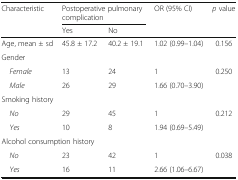
| <ROWSPAN=2> Characteristic | <COLSPAN=2> Postoperative pulmonary complication | <ROWSPAN=2> OR (95% CI) | <ROWSPAN=2> p value |
 | Yes | No |
 | --- | --- | --- | --- | --- |
 | Age, mean ± sd | 45.8 ± 17.2 | 40.2 ± 19.1 | 1.02 (0.99–1.04) | 0.156 |
 | <COLSPAN=5> Gender |
 | Female | 13 | 24 | 1 | <ROWSPAN=2> 0.250 |
 | Male | 26 | 29 | 1.66 (0.70–3.90) |
 | <COLSPAN=5> Smoking history |
 | No | 29 | 45 | 1 | <ROWSPAN=2> 0.212 |
 | Yes | 10 | 8 | 1.94 (0.69–5.49) |
 | <COLSPAN=5> Alcohol consumption history |
 | No | 23 | 42 | 1 | <ROWSPAN=2> 0.038 |
 | Yes | 16 | 11 | 2.66 (1.06–6.67) |